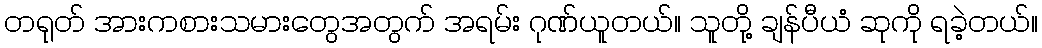
တရုတ် အားကစားသမားတွေအတွက် အရမ်း ဂုဏ်ယူတယ်။ သူတို့ ချန်ပီယံ ဆုကို ရခဲ့တယ်။